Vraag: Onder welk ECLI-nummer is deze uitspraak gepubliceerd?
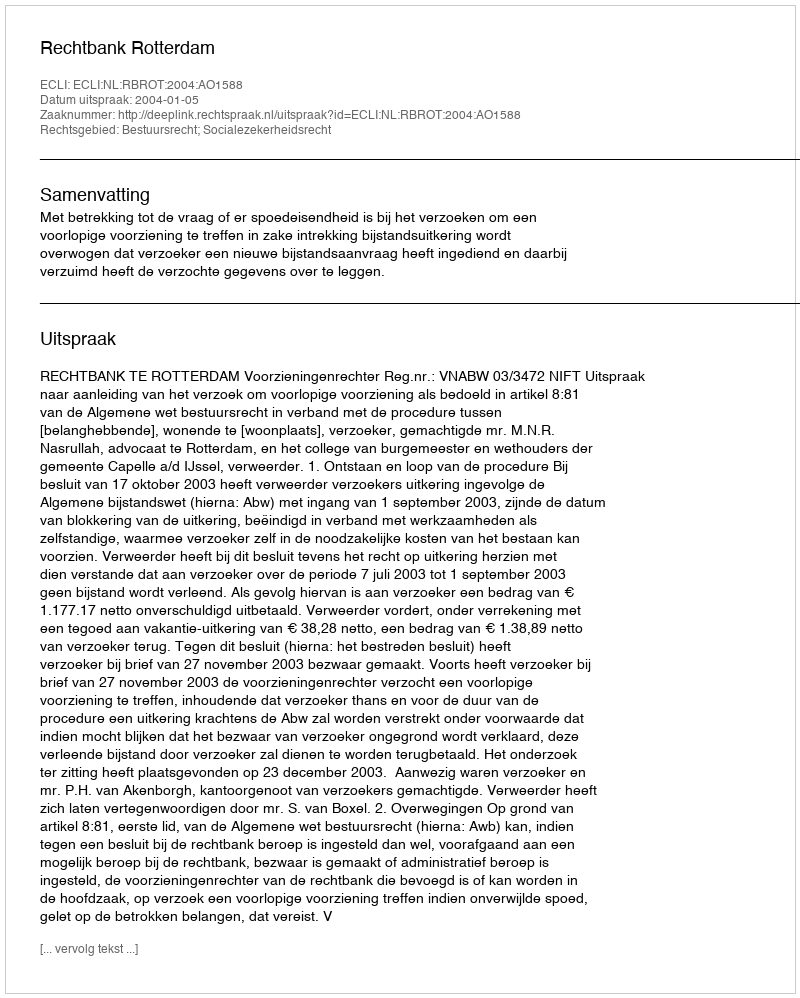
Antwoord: ECLI:NL:RBROT:2004:AO1588